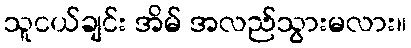
သူငယ်ချင်း အိမ် အလည်သွားမလား။